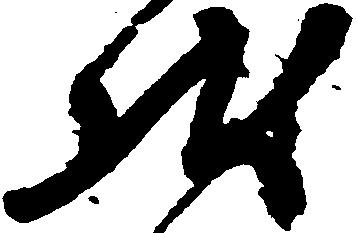
状